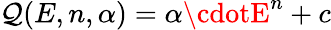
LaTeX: \mathcal{Q}(E,n,\alpha)=\alpha\cdotE^{n}+c